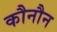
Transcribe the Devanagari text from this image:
कौनौन